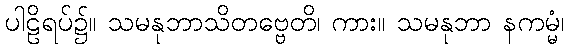
ပါဠိရပ်၌။ သမနုဘာသိတဗ္ဗေတိ၊ ကား။ သမနုဘာ နကမ္မံ၊